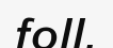
foll.